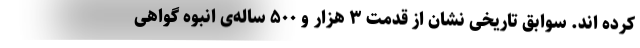
کرده اند. سوابق تاریخی نشان از قدمت ۳ هزار و ۵۰۰ ساله‌ی انبوه گواهی